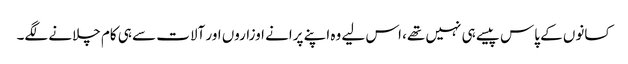
کسانوں کے پاس پیسے ہی نہیں تھے، اس لیے وہ اپنے پرانے اوزاروں اور آلات سے ہی کام چلانے لگے۔